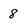
Character: 8